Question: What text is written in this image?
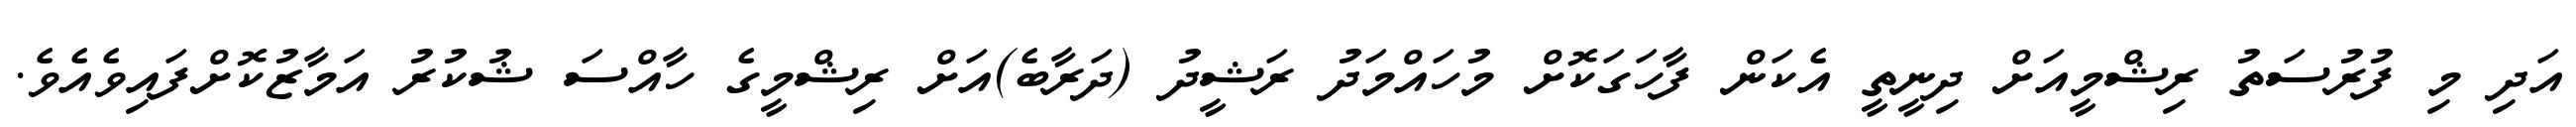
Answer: އަދި މި ފުރުސަތު ރިޝްމީއަށް ދިނީތީ އެކަން ފާހަގަކޮށް މުހައްމަދު ރަޝީދު (ދަރާބެ)އަށް ރިޝްމީގެ ހާއްސަ ޝުކުރު އަމާޒުކޮށްފައިވެއެވެ.